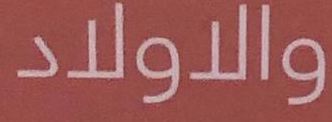
والاولاد